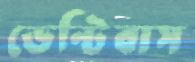
ডেন্টিবাস